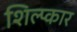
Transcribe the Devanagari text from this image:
शिल्प्कार